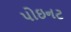
પોઇનટ